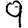
Digit: 9